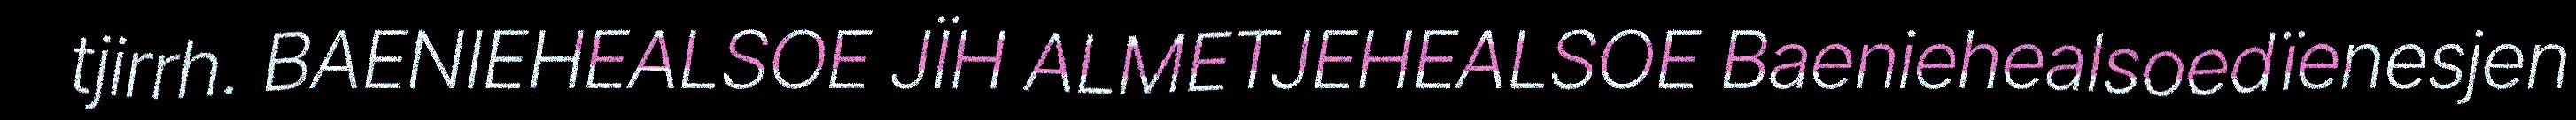
tjirrh. BAENIEHEALSOE JÏH ALMETJEHEALSOE Baeniehealsoedïenesjen